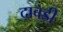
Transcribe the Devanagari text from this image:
दावडी